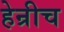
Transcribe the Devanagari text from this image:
हेन्रीच